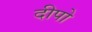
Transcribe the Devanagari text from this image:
दीपो